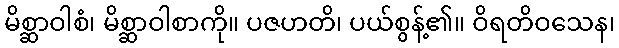
မိစ္ဆာဝါစံ၊ မိစ္ဆာဝါစာကို။ ပဇဟတိ၊ ပယ်စွန့်၏။ ဝိရတိဝသေန၊